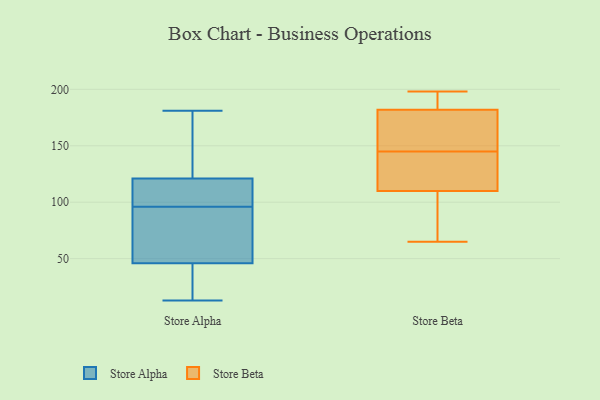
{"axis": {"x": "Revenue (USD Million)", "y": "Value"}, "legend": ["Store Alpha", "Store Beta"], "data": [{"x": "", "y": 117, "type": "Store Alpha"}, {"x": "", "y": 46, "type": "Store Alpha"}, {"x": "", "y": 99, "type": "Store Alpha"}, {"x": "", "y": 112, "type": "Store Alpha"}, {"x": "", "y": 93, "type": "Store Alpha"}, {"x": "", "y": 38, "type": "Store Alpha"}, {"x": "", "y": 25, "type": "Store Alpha"}, {"x": "", "y": 110, "type": "Store Alpha"}, {"x": "", "y": 43, "type": "Store Alpha"}, {"x": "", "y": 57, "type": "Store Alpha"}, {"x": "", "y": 121, "type": "Store Alpha"}, {"x": "", "y": 165, "type": "Store Alpha"}, {"x": "", "y": 181, "type": "Store Alpha"}, {"x": "", "y": 128, "type": "Store Alpha"}, {"x": "", "y": 50, "type": "Store Alpha"}, {"x": "", "y": 13, "type": "Store Alpha"}, {"x": "", "y": 143, "type": "Store Alpha"}, {"x": "", "y": 51, "type": "Store Alpha"}, {"x": "", "y": 65, "type": "Store Beta"}, {"x": "", "y": 192, "type": "Store Beta"}, {"x": "", "y": 85, "type": "Store Beta"}, {"x": "", "y": 137, "type": "Store Beta"}, {"x": "", "y": 138, "type": "Store Beta"}, {"x": "", "y": 178, "type": "Store Beta"}, {"x": "", "y": 136, "type": "Store Beta"}, {"x": "", "y": 186, "type": "Store Beta"}, {"x": "", "y": 192, "type": "Store Beta"}, {"x": "", "y": 91, "type": "Store Beta"}, {"x": "", "y": 135, "type": "Store Beta"}, {"x": "", "y": 198, "type": "Store Beta"}, {"x": "", "y": 106, "type": "Store Beta"}, {"x": "", "y": 175, "type": "Store Beta"}, {"x": "", "y": 90, "type": "Store Beta"}, {"x": "", "y": 114, "type": "Store Beta"}, {"x": "", "y": 154, "type": "Store Beta"}, {"x": "", "y": 152, "type": "Store Beta"}, {"x": "", "y": 194, "type": "Store Beta"}, {"x": "", "y": 155, "type": "Store Beta"}]}